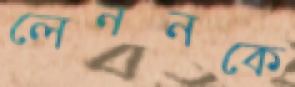
লেননকে